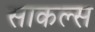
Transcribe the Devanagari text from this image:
साकल्स